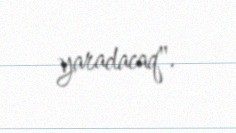
yaradacaq".